Civil Veterinary Department. Madras. Admin. report 1926-33 - 1926-1933
Year: 1926
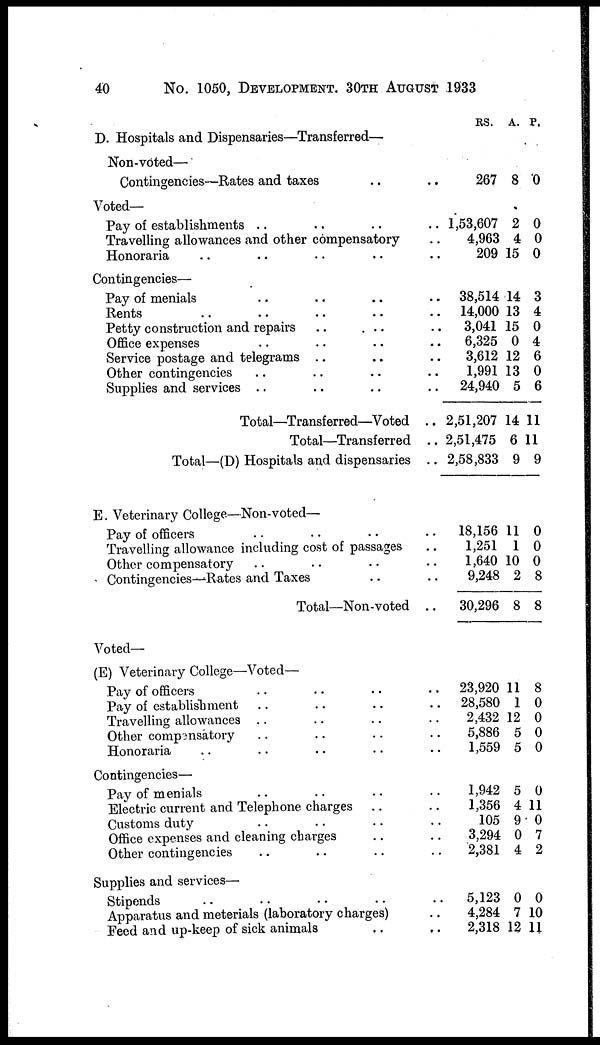
40
No. 1050, DEVELOPMENT, 30TH AUGUST 1933
D. Hospitals and Dispensaries—Transferred—
Non-voted—
Contingencies—Rates and taxes .. .. ..
Voted—
Pay of establishments .. .. .. ..
Travelling allowances and other compensatory ..
Honoraria .. .. .. ..
Contingencies—
Pay of menials .. .. .. .. ..
Rents .. .. .. .. .. ..
Petty construction and repairs .. .. .. ..
Office expenses .. .. .. ..
Service postage and telegrams .. .. .. .. ..
Other contingencies .. .. .. .. ..
Supplies and services .. .. .. ..
Total—Transferred—Voted
..
Total—Transferred
..
Total—(D) Hospitals and dispensaries ..
E. Veterinary College—Non-voted—
Pay of officers .. .. .. .. ..
Travelling allowance including cost of passages ..
Other compensatory .. .. ..
Contingencies—Rates and Taxes ..
Total—Non-voted ..
Voted—
(E) Veterinary College—Voted—
Pay of officers .. .. .. .. ..
Pay of establishment .. .. ..
Travelling allowances .. .. .. .. ..
Other compensatory .. .. ..
Honoraria .. .. .. .. ..
Contingencies—
Pay of menials .. .. .. ..
Electric current and Telephone charges .. .. .. ..
Customs duty .. .. .. ..
Office expenses and cleaning charges .. ..
Other contingencies .. .. .. .. ..
Supplies and services—
Stipends .. .. .. ..
Apparatus and meterials (laboratory charges) .. .. ..
Feed and up-keep of sick animals .. .. .. ..
RS.
267
1,53,607
4,963
209
38,514
14,000
3,041
6,325
3,612
1,991
24,940
2,51,207
2,51,475
2,58,833
18,156
1,251
1,640
9,248
30,296
23,920
28,580
2,432
5,886
1,559
1,942
1,356
105
3,294
2,381
5,123
4,284
2,318 1
A.
8
2
4
15
14
13
15
0
12
13
5
14
6
9
11
1
10
2
8
11
1
12
5
5
5
4
9
0
4
0
7
2
P.
0
0
0
0
3
4
0
4
6
0
6
11
11
9
0
0
0
8
8
8
0
0
0
0
0
11
0
7
2
0
10
11